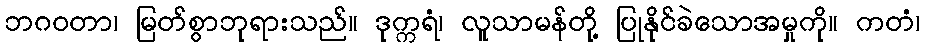
ဘဂဝတာ၊ မြတ်စွာဘုရားသည်။ ဒုက္ကရံ၊ လူသာမန်တို့ ပြုနိုင်ခဲသောအမှုကို။ ကတံ၊